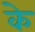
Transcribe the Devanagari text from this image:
के